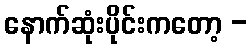
နောက်ဆုံးပိုင်းကတော့ -